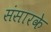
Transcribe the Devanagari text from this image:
संसारके